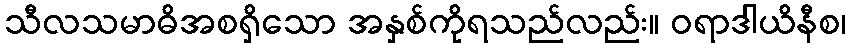
သီလသမာဓိအစရှိသော အနှစ်ကိုရသည်လည်း။ ဝရာဒါယိနီစ၊